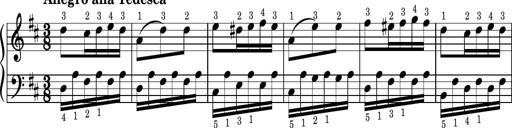
Title: Easy Progressive Lessons and 4 Sonatinas
Composer: Thomas Attwood